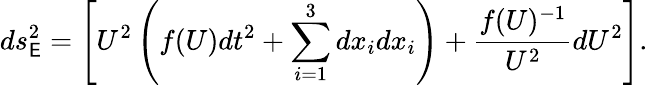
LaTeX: ds_{\mathsf{E}}^{2}=\left[U^{2}\left(f(U)dt^{2}+\sum_{i=1}^{3}dx_{i}dx_{i}\right)+\frac{{f(U)^{-1}}}{{U^{2}}}dU^{2}\right].